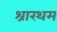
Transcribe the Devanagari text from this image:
श्रारथम